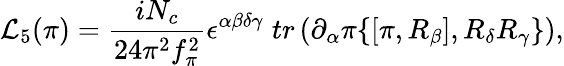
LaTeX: {\cal L}_{5}(\pi)=\frac{iN_{c}}{24\pi^{2}f_{\pi}^{2}}\epsilon^{\alpha\beta\delta\gamma}\; tr\left(\partial_{\alpha}\pi\{ \left[\pi,R_{\beta}\right],R_{\delta}R_{\gamma}\} \right),